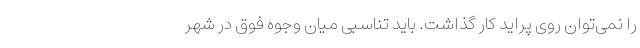
را نمی‌توان روی پراید کار گذاشت. باید تناسبی میان وجوه فوق در شهر